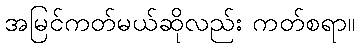
အမြင်ကတ်မယ်ဆိုလည်း ကတ်စရာ။